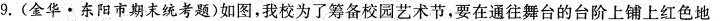
9.(金华·东阳市期末统考题)如图，我校为了筹备校园艺术节，要在通往舞台的台阶上铺上红色地